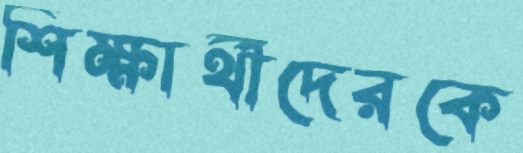
শিক্ষার্থীদেরকে